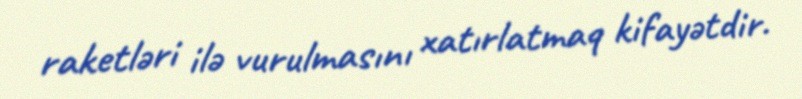
raketləri ilə vurulmasını xatırlatmaq kifayətdir.